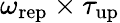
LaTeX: \omega_{\mathrm{rep}}\times\tau_{\mathrm{up}}